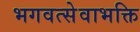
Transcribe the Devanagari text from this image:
भगवत्सेवाभक्ति